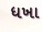
ધખા